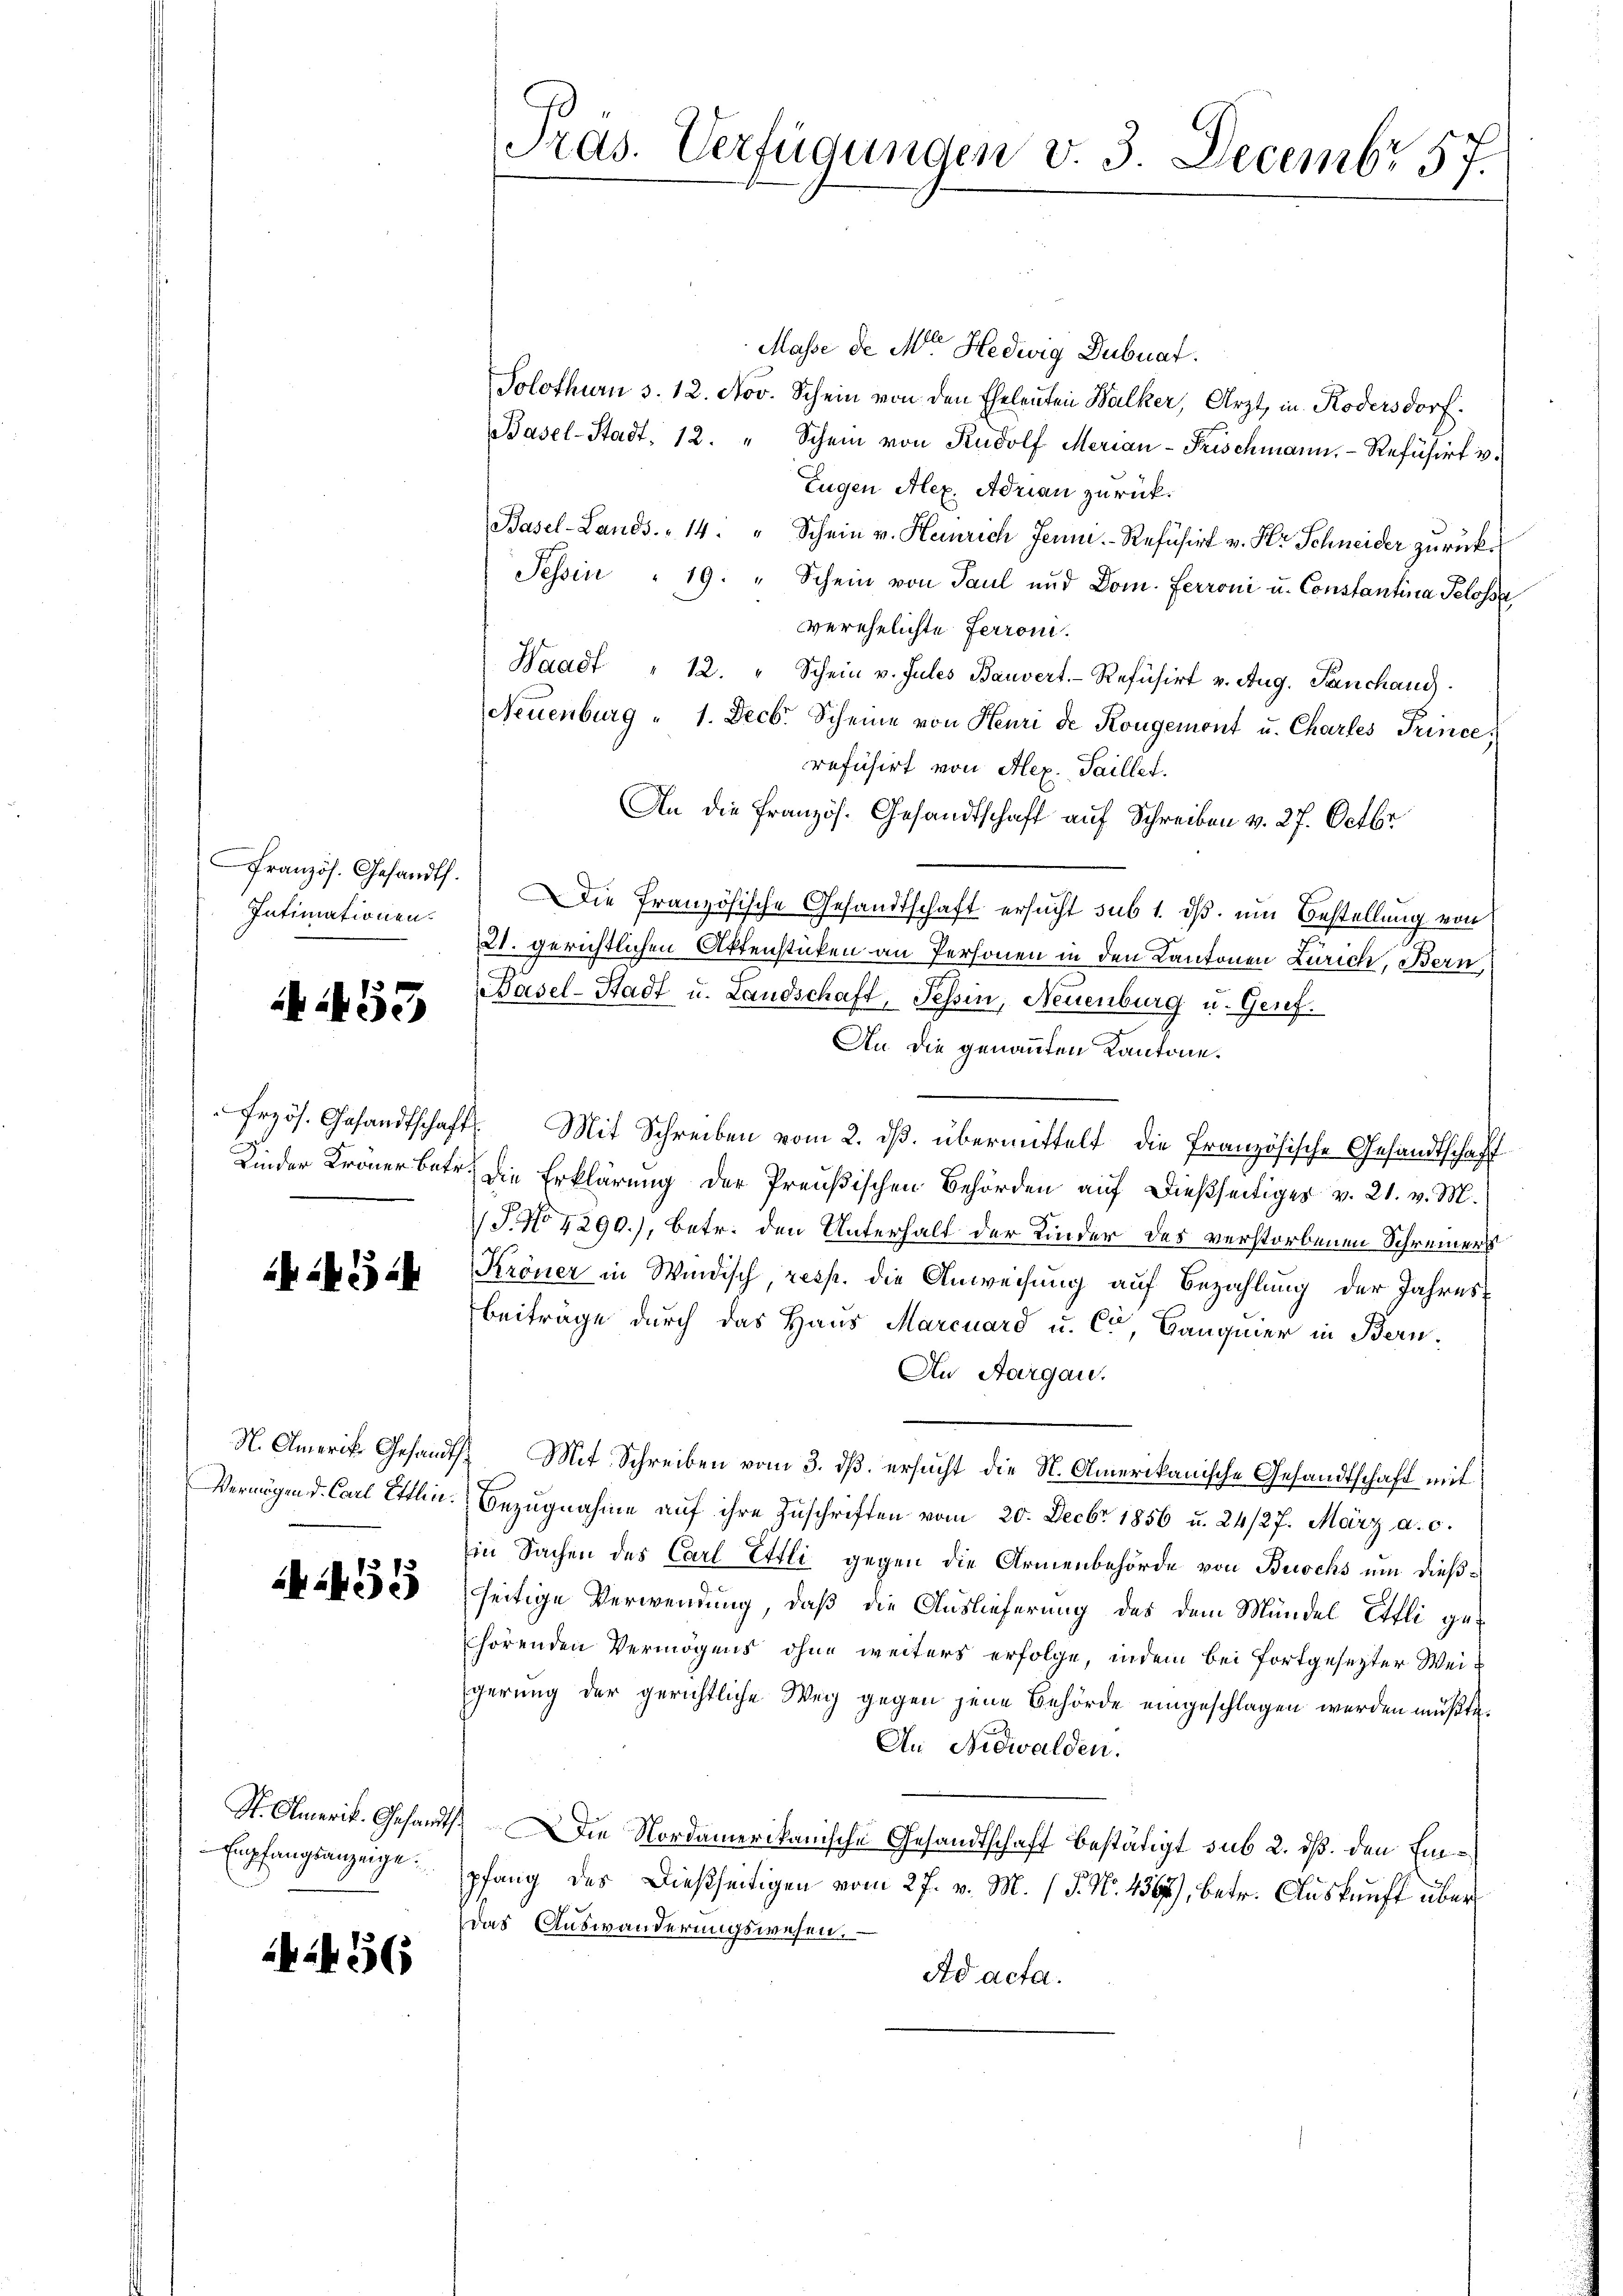
Französ. Gesandth.
Intimationen.

1453

i

23 24

55

Empfangsanzeige

56

Masse de Meter Hedwig Dubuat.
Solothurn s. 12. Nov. Schein von den Eheleuten Balker, Arzt, in Kodersdorf.
Basel-Stadt, 12. " Schein von Rudolf Merian-Frischmann, Refüsirt v.
Eugen Alex. Adrian zurück¬
Basel-Lands 14. " Schein v. Heinrich Jenni. Refüsirt v. Hr. Schneider zurücke
Tessin " 19. " Schein von Paul und Dom. Ferroni u. Constantina Pelosse
verehelichte Ferroni.
Waadt " 12. " Schein v. Jules Bauvert.- Refüsirt u. Aug. Panchans.
Neuenburg " 1. Decbr. Scheine von Heuri de Kongemont u. Chartes Trince,
refüsirt von Hex. Saillet.
An die Französ. Gesandtschaft auf Schreiben v. 27. Octbr
Die französische Gesandtschaft ersucht sub 1. ds. um Bestellung von
21. gerichtlichen Aktenstücken an Personen in den Kantonen Zürich, Bern,
Basel-Stadt u. Landschaft, Tessin, Neuenburg u. Genf.
An die genannten Kantone.
frzös. Gesandtschaft. Mit Schreiben vom 2. ds. übermittelt die französische Gesandtschaft
Kinder Kröner betr. die Erklärung der Preußischen Behörden auf dießseitiges v. 21. v. M.
 J. No 4290), betr. den Unterhalt der Kinder des verstorbenen Schreiners
Kröner in Windisch, resp. die Anweisung auf Bezahlung der Jahres¬
Beiträge durch das Haus Marcuard u. Co, Banquier in Bern¬
An Aargau.
N. Amerik. Gesandt. Mit Schreiben vom 3. dβ. ersŭcht die St. Amerikanische Gesandtschaft mit
Vermögen d. Carl Ettin. Bezŭgnahme aŭf ihre Zuschriften vom 20. Decbr 1856 u. 24/27. März a. c.
in Sachen des Carl Etli gegen die Armenbehörde von Buochs um dießseitige Verwendung, daß die Auslieferung des dem Mündel Eifli gehörenden Vermögens ohne weiters erfolge, indem bei fortgesezter Weigerung der gerichtliche Weg gegen jene Behörde eingeschlagen werden müßte.
An Nidwalden.
St. Amerik. Gesandt. Die Nordamerikanische Gesandtschaft bestätigt sub 2. ds. den Einpfang des dießseitigen vom 27. v. M. (T. No. 438), betr. Auskunft über
das Auswanderungswesen.
Ad acta.

Pras. Verfügungen v. 3. Decembr 57.